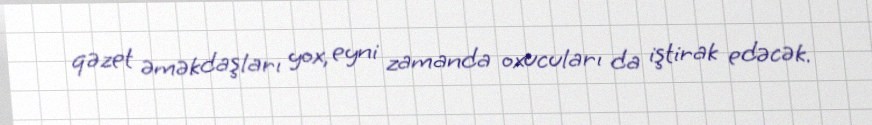
qəzet əməkdaşları yox, eyni zamanda oxucuları da iştirak edəcək.